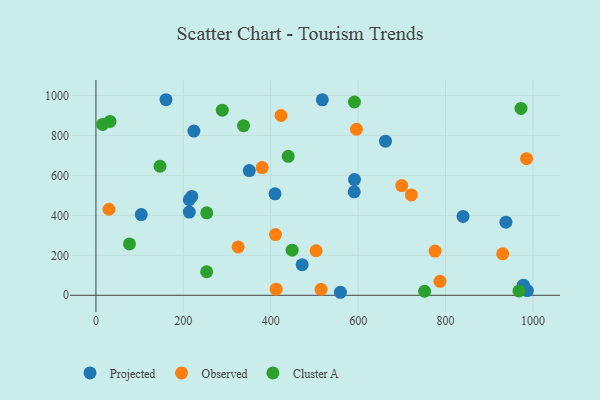
{"axis": {"x": "Experience", "y": "Yield"}, "legend": ["Cluster A", "Observed", "Projected"], "data": [{"x": "662.5", "y": 771.2, "type": "Projected"}, {"x": "350.9", "y": 624.0, "type": "Projected"}, {"x": "591.0", "y": 517.7, "type": "Projected"}, {"x": "219.3", "y": 494.6, "type": "Projected"}, {"x": "938.1", "y": 365.6, "type": "Projected"}, {"x": "160.3", "y": 978.3, "type": "Projected"}, {"x": "987.2", "y": 23.5, "type": "Projected"}, {"x": "224.1", "y": 821.6, "type": "Projected"}, {"x": "409.7", "y": 507.8, "type": "Projected"}, {"x": "591.6", "y": 578.8, "type": "Projected"}, {"x": "559.4", "y": 15.1, "type": "Projected"}, {"x": "213.6", "y": 416.2, "type": "Projected"}, {"x": "213.6", "y": 478.0, "type": "Projected"}, {"x": "471.9", "y": 153.1, "type": "Projected"}, {"x": "518.0", "y": 977.6, "type": "Projected"}, {"x": "103.7", "y": 403.7, "type": "Projected"}, {"x": "840.0", "y": 394.3, "type": "Projected"}, {"x": "978.1", "y": 50.8, "type": "Projected"}, {"x": "380.3", "y": 638.8, "type": "Observed"}, {"x": "423.4", "y": 899.4, "type": "Observed"}, {"x": "776.0", "y": 221.3, "type": "Observed"}, {"x": "985.2", "y": 683.6, "type": "Observed"}, {"x": "721.7", "y": 502.3, "type": "Observed"}, {"x": "412.3", "y": 30.4, "type": "Observed"}, {"x": "699.7", "y": 548.6, "type": "Observed"}, {"x": "410.7", "y": 303.8, "type": "Observed"}, {"x": "787.2", "y": 69.7, "type": "Observed"}, {"x": "325.3", "y": 242.0, "type": "Observed"}, {"x": "29.9", "y": 430.3, "type": "Observed"}, {"x": "596.0", "y": 830.7, "type": "Observed"}, {"x": "930.7", "y": 207.5, "type": "Observed"}, {"x": "515.1", "y": 29.9, "type": "Observed"}, {"x": "503.7", "y": 222.8, "type": "Observed"}, {"x": "967.8", "y": 21.7, "type": "Cluster A"}, {"x": "15.3", "y": 854.8, "type": "Cluster A"}, {"x": "253.3", "y": 117.8, "type": "Cluster A"}, {"x": "448.9", "y": 225.6, "type": "Cluster A"}, {"x": "440.0", "y": 695.3, "type": "Cluster A"}, {"x": "591.5", "y": 966.9, "type": "Cluster A"}, {"x": "972.6", "y": 934.9, "type": "Cluster A"}, {"x": "289.1", "y": 925.9, "type": "Cluster A"}, {"x": "76.7", "y": 257.2, "type": "Cluster A"}, {"x": "146.6", "y": 645.5, "type": "Cluster A"}, {"x": "337.7", "y": 848.6, "type": "Cluster A"}, {"x": "253.5", "y": 412.4, "type": "Cluster A"}, {"x": "752.0", "y": 20.3, "type": "Cluster A"}, {"x": "32.2", "y": 869.6, "type": "Cluster A"}]}